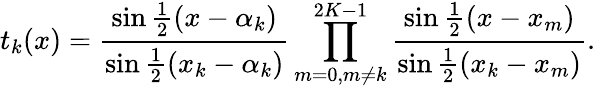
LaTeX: t_{k}(x)={\frac{\sin{\frac{1}{2}}(x-\alpha_{k})}{\sin{\frac{1}{2}}(x_{k}-\alpha_{k})}}\prod_{m=0,m\neq k}^{2K-1}{\frac{\sin{\frac{1}{2}}(x-x_{m})}{\sin{\frac{1}{2}}(x_{k}-x_{m})}}.